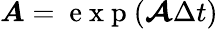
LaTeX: \boldsymbol{A}=\mathrm{~e~x~p~}(\boldsymbol{\mathcal{A}}\Delta t)